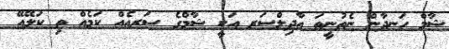
ޝާމް ހަނދާން ނެތުނީތަ އާދިލްސަރ އަކީ ޝާމްގެ ސަރއެއް ކަމެއް ތި ކަލޭއޭ